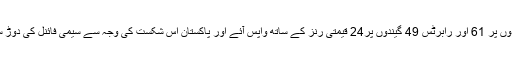
مرے 76 گیندوں پر 61 اور رابرٹس 49 گیندوں پر24 قیمتی رنز کے ساتھ واپس آئے اور پاکستان اس شکست کی وجہ سے سیمی فائنل کی دوڑ سے باہر ہوگیا۔